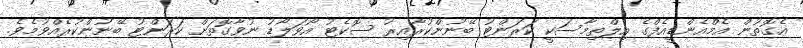
އެގޮތުން އެމްއެންޑީއެފްގެ އިލްތިމާސަކީ ކަރަންޓު ބޭނުންކުރާއިރު ސޮކެޓު އޯވަލޯޑު ނުވާގޮތަށް ކަރަންޓު ބޭނުންކުރެއްވުމެވެ.